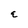
Character: E